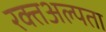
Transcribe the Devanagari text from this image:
रक्तअल्पता